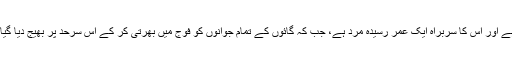
یہ کارخانہ ایک دیہی علاقے میں قائم ہے اور اس کا سربراہ ایک عُمر رسیدہ مَرد ہے، جب کہ گائوں کے تمام جوانوں کو فوج میں بَھرتی کر کے اُس سرحد پر بھیج دیا گیا ہے، جو مغربی جرمنی سے ملتی ہے۔